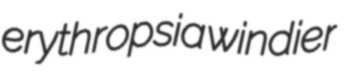
erythropsia windier